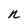
Character: n